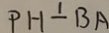
P H \bot B A